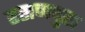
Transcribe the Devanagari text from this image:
हसणपुरा